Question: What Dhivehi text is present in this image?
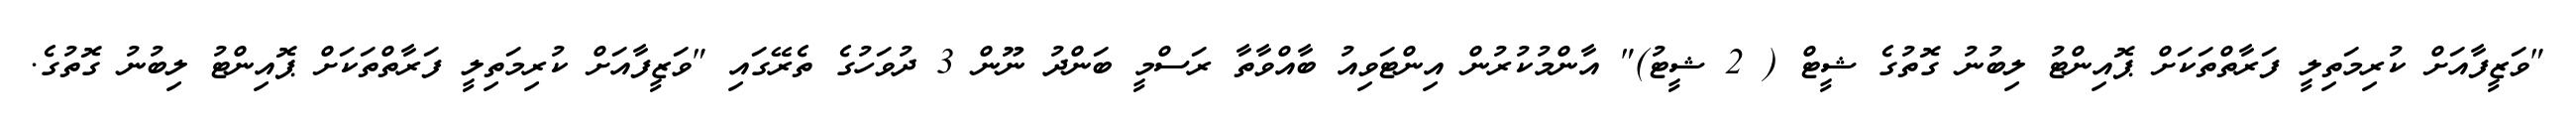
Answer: "ވަޒީފާއަށް ކުރިމަތިލީ ފަރާތްތަކަށް ޕޮއިންޓު ލިބުނު ގޮތުގެ ޝީޓް ( 2 ޝީޓު)" އާންމުކުރުން އިންޓަވިއު ބާއްވާތާ ރަސްމީ ބަންދު ނޫން 3 ދުވަހުގެ ތެރޭގައި "ވަޒީފާއަށް ކުރިމަތިލީ ފަރާތްތަކަށް ޕޮއިންޓު ލިބުނު ގޮތުގެ.